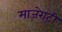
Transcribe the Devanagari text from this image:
माज़ेराटी